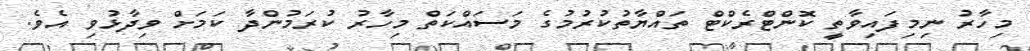
މިހާރު ނިމިފައިވާތީ ކޮންޓްރެކްޓް ތައްޔާތުކުރުމުގެ މަސައްކަތް މިހާރު ކުރަމުންދާ ކަމަށް ވިދާޅުވި އެވެ.